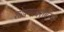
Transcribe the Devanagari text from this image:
शोषणाबरोबरच